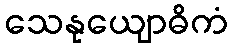
သေနုယျောဓိကံ